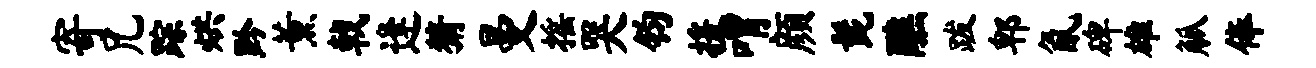
寄兄踪烘黔薰戟逢猜曼摇哭钧援喟颜髭醮跋郫氤碑雄觚俸